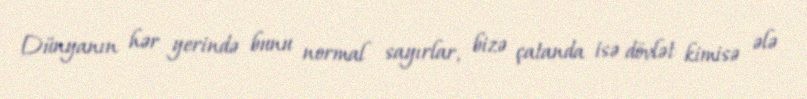
Dünyanın hər yerində bunu normal sayırlar, bizə çatanda isə dövlət kimisə ələ